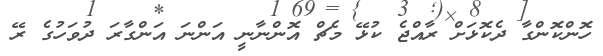
ހޮންކޮންގާ ދެކޮޅަށް ރާއްޖެ ކުޅޭ މެޗް އޮންނާނީ އަންނަ އަންގާރަ ދުވަހުގެ ރޭ